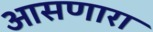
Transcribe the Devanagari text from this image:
आसणारा